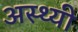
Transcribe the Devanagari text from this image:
अस्थ्यी